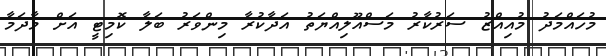
މުހައްމަދު މުއިއްޒު ސަރުކާރު މަސްއޫލިއްޔަތު އަދާކުރާ މިންވަރު ބަލާ ކޮމިޓީ އަށް މާދަމާ